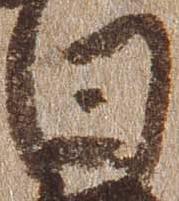
日